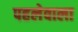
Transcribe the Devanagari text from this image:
पहलेवाला